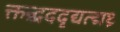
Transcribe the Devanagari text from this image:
क्तन्र्द्रददृद्यत्द्मथ्र्